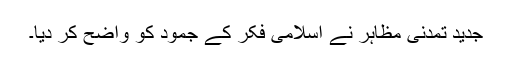
جدید تمدنی مظاہر نے اسلامی فکر کے جمود کو واضح کر دیا۔